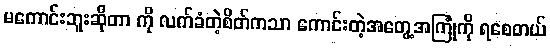
မကောင်းဘူးဆိုတာ ကို လက်ခံတဲ့စိတ်ကသာ ကောင်းတဲ့အတွေ့အကြုံကို ရစေတယ်